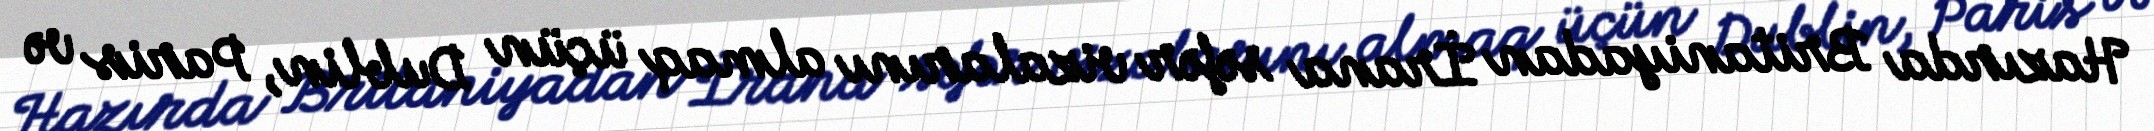
Hazırda Britaniyadan İrana səfər vizalarını almaq üçün Dublin, Paris və